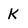
Character: k